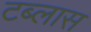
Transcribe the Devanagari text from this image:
टब्लास